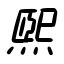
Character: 煕